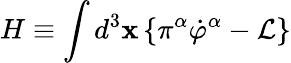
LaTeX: H\equiv\int d^{3}\mathbf{x\, \{ }\pi^{\alpha}\dot{\varphi}^{\alpha}-\mathcal{L\} }